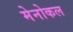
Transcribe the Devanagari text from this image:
मेनोकल